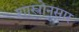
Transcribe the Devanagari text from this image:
शास्त्रोनुसार